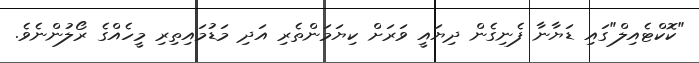
"ކޮކްޓެއިލް"ގައި ޑަޔާނާ ފެނިގެން ދިޔައީ ވަރަށް ކިޔަމަންތެރި އަދި މަޑުމައިތިރި މީހެއްގެ ރޯލުންނެވެ.